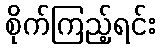
စိုက်ကြည့်ရင်း